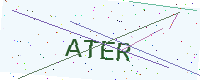
Text: ATER